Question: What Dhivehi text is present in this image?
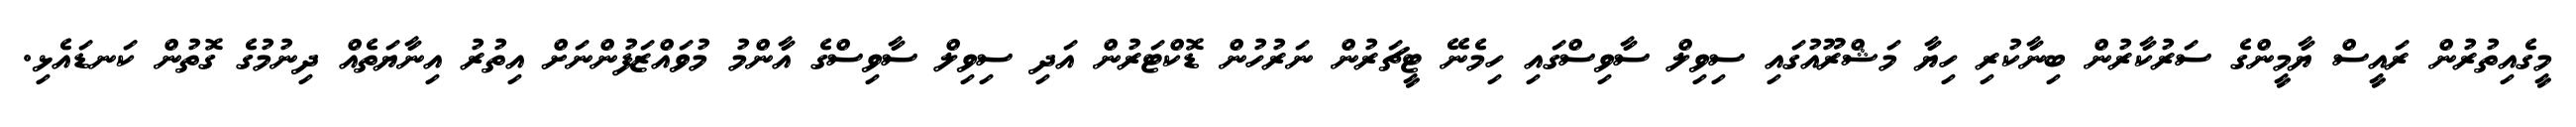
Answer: މީގެއިތުރުން ރައީސް ޔާމީންގެ ސަރުކާރުން ބިނާކުރި ހިޔާ މަޝްރޫއުގައި ސިވިލް ސާވިސްގައި ހިމެނޭ ޓީޗަރުން ނަރުހުން ޑޮކްޓަރުން އަދި ސިވިލް ސާވިސްގެ އާންމު މުވައްޒަފުންނަށް އިތުރު އިނާޔަތެއް ދިނުމުގެ ގޮތުން ކަނޑައެޅި.